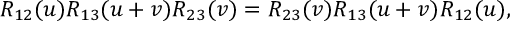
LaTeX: R _ { 1 2 } ( u ) R _ { 1 3 } ( u + v ) R _ { 2 3 } ( v ) = R _ { 2 3 } ( v ) R _ { 1 3 } ( u + v ) R _ { 1 2 } ( u ) ,